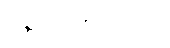
သူ့ကို မကြိုက်။